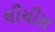
લીચીસ